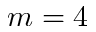
m = 4